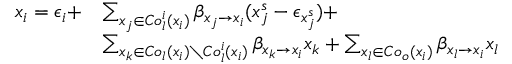
\begin{array} { r l } { x _ { i } = \epsilon _ { i } + } & { \sum _ { x _ { j } \in C o _ { l } ^ { i } ( x _ { i } ) } \beta _ { x _ { j } \rightarrow x _ { i } } ( x _ { j } ^ { s } - \epsilon _ { x _ { j } ^ { s } } ) + } \\ & { \sum _ { x _ { k } \in C o _ { l } ( x _ { i } ) \setminus C o _ { l } ^ { i } ( x _ { i } ) } \beta _ { x _ { k } \rightarrow x _ { i } } x _ { k } + \sum _ { x _ { l } \in C o _ { o } ( x _ { i } ) } \beta _ { x _ { l } \rightarrow x _ { i } } x _ { l } } \end{array}